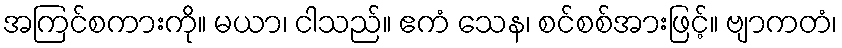
အကြင်စကားကို။ မယာ၊ ငါသည်။ ဧကံ သေန၊ စင်စစ်အားဖြင့်။ ဗျာကတံ၊